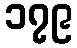
၁၇၉